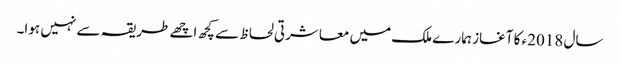
سال 2018ء کا آغاز ہمارے ملک میں معاشرتی لحاظ سے کچھ اچھے طریقہ سے نہیں ہوا۔